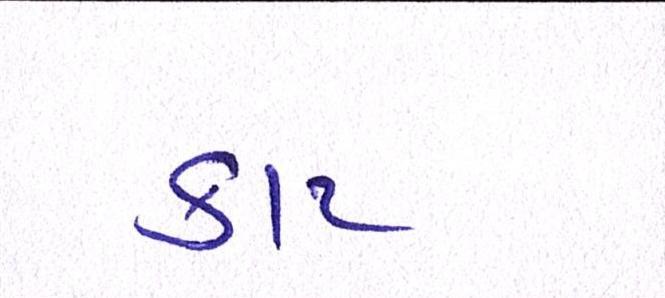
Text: કાટ